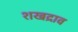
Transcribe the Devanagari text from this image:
शखद्राव